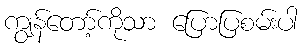
ကျွန်တော့်ကိုသာ ပြောပြစမ်းပါ